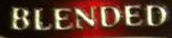
BLENDED